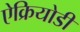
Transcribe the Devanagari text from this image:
ऐक्रियोडी